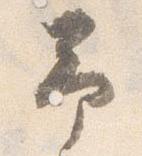
予